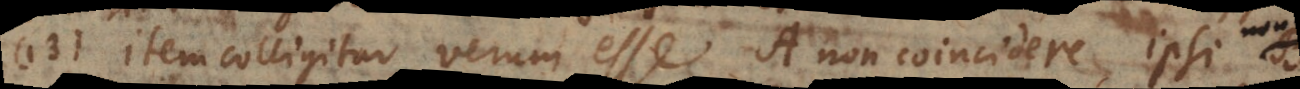
13) Item colligitur verum esse A non coincidere ipsi no